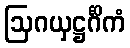
ဩဂယှဋ္ဌင်္ဂိကံ